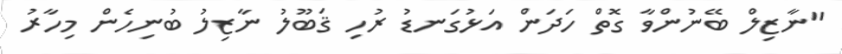
"ނާޒިލް ބޭނުންވާ ގޮތް ހަދަން އަޅުގަނޑު ރުހި ޤަބޫލު ނާޒިލު ބުނިހެން މިހާރު